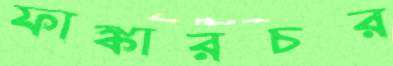
ফাঙ্কারচর